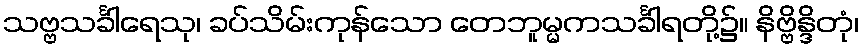
သဗ္ဗသင်္ခါရေသု၊ ခပ်သိမ်းကုန်သော တေဘူမ္မကသင်္ခါရတို့၌။ နိဗ္ဗိန္ဒိတုံ၊